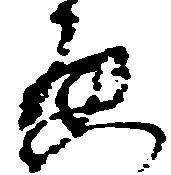
啓